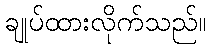
ချုပ်ထားလိုက်သည်။